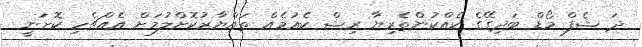
ދަ ޝެފް މޯޑް ބަދިގޭގެ ކެއްކުންތެރިޔާ ރިޝް ކެއުމެއް ތައްޔާރުކޮށްލުމަށް އެެއްޗެހި ކޮށަނީ